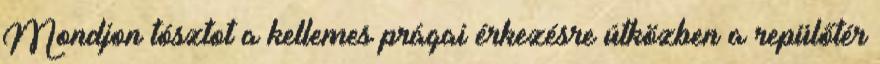
Mondjon tósztot a kellemes prágai érkezésre útközben a repülőtér